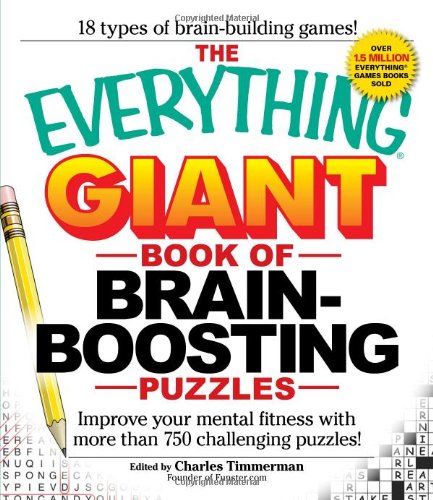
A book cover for The Everything Giant Book of Brain-Boosting Puzzles: Improve your mental fitness with more than 750 challenging puzzles; Charles Timmerman; Humor & Entertainment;